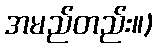
အမည်တည်း။)